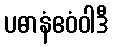
ပဓာနံဧဝံဝါဒီ